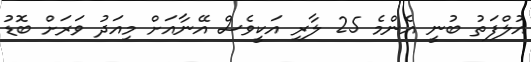
އުލްފަތު ބުނީ އެންމެ 25 ލާރި އަކީވެސް އޭނާއަށް މިއަދު ވަރަށް ބޮޑު